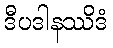
ဒီပဒါနဿိဒံ